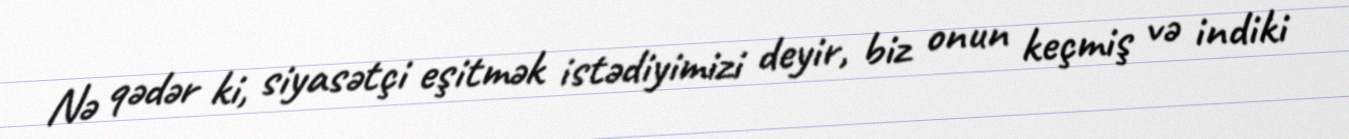
Nə qədər ki, siyasətçi eşitmək istədiyimizi deyir, biz onun keçmiş və indiki